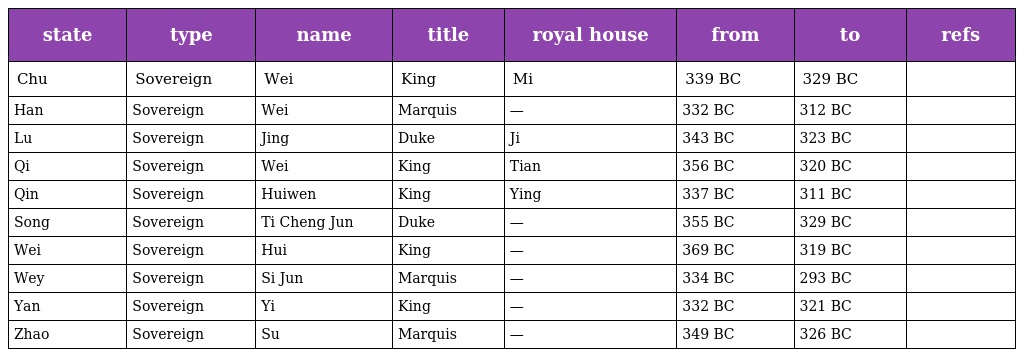
| state | type | name | title | royal house | from | to | refs |
 | --- | --- | --- | --- | --- | --- | --- | --- |
 | Chu | Sovereign | Wei | King | Mi | 339 BC | 329 BC |  |
 | Han | Sovereign | Wei | Marquis | — | 332 BC | 312 BC |  |
 | Lu | Sovereign | Jing | Duke | Ji | 343 BC | 323 BC |  |
 | Qi | Sovereign | Wei | King | Tian | 356 BC | 320 BC |  |
 | Qin | Sovereign | Huiwen | King | Ying | 337 BC | 311 BC |  |
 | Song | Sovereign | Ti Cheng Jun | Duke | — | 355 BC | 329 BC |  |
 | Wei | Sovereign | Hui | King | — | 369 BC | 319 BC |  |
 | Wey | Sovereign | Si Jun | Marquis | — | 334 BC | 293 BC |  |
 | Yan | Sovereign | Yi | King | — | 332 BC | 321 BC |  |
 | Zhao | Sovereign | Su | Marquis | — | 349 BC | 326 BC |  |